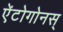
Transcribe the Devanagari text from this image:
ऐंटोगोनस्‌